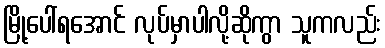
မြို့ပေါ်ရအောင် လုပ်မှာပါလို့ဆိုကွာ သူကလည်း